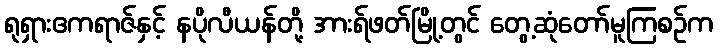
ရုရှားဧကရာဇ်နှင့် နပိုလီယန်တို့ အားရ်ဖတ်မြို့တွင် တွေ့ဆုံတော်မူကြစဉ်က